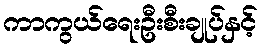
ကာကွယ်ရေးဦးစီးချုပ်နှင့်